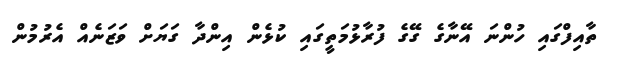
ތާއިފްގައި ހުންނަ އޭނާގެ ގޭގެ ފުރާޅުމަތީގައި ކުޅެން އިންދާ ގަޔަށް ވަޒަނެއް އެރުމުން